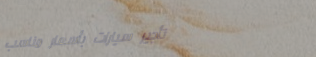
تأجير سيارات بأسعار مناسب